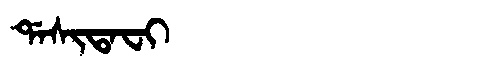
Manchu: ᡩᠠᠰᡳᡨᠠᠸᡳ
Romanization: DASITAFI